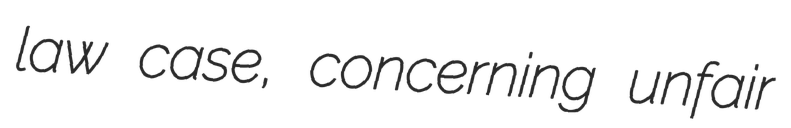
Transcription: law case, concerning unfair